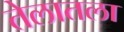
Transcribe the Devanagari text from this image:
तेलातला